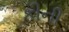
કીની